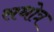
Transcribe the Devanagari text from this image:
सधोत्र